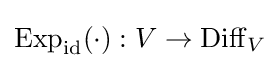
\operatorname {Exp} _{\operatorname {id} }(\cdot ):V\to \operatorname {Diff} _{V}